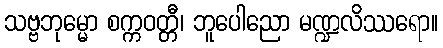
သဗ္ဗဘုမ္မော စက္ကဝတ္တီ၊ ဘူပေါညော မဏ္ဍလိဿရော။